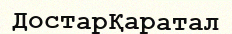
ДостарҚаратал